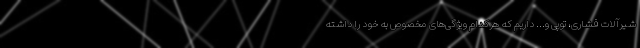
شیرآلات فشاری، توپی و… داریم که هرکدام ویژگی‌های مخصوص به خود را داشته